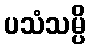
ပသံသမ္ပိ